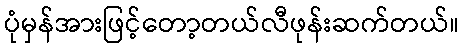
ပုံမှန်အားဖြင့်တော့တယ်လီဖုန်းဆက်တယ်။